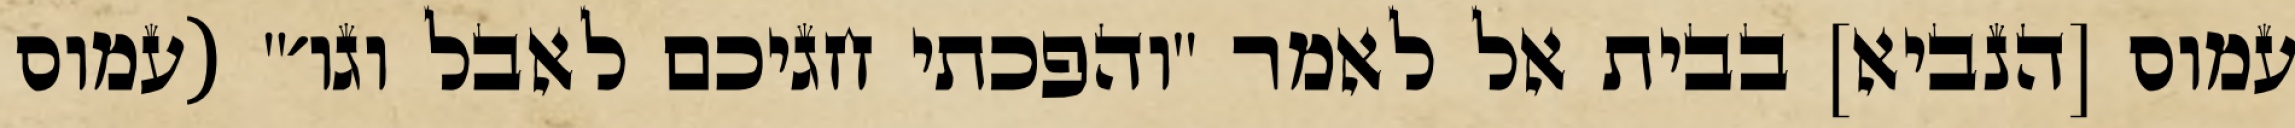
עמוס [הנביא] בבית אל לאמר "והפכתי חגיכם לאבל וגו׳" (עמוס